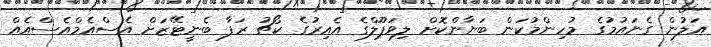
އަލުން ގެނައުމުގެ މުހިންމުކަން ބަޔާންކޮށް ލިވަޕޫލްގެ އެއިރުގެ ކޯޗު ރަފާ ބެނީޓޭޒަށް އެސްއެމްއެސްއެއް